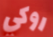
روكي